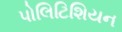
પોલિટિશિયન